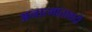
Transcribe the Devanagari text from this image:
अनात्मातावादी